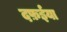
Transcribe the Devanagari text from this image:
दफ़ईया